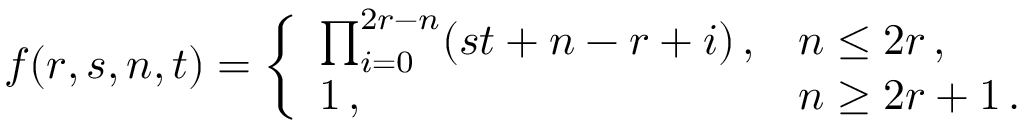
f ( r , s , n , t ) = \left\{ \begin{array} { l l } { { \prod _ { i = 0 } ^ { 2 r - n } ( s t + n - r + i ) \, , } } & { { n \leq 2 r \, , } } \\ { { 1 \, , } } & { { n \geq 2 r + 1 \, . } } \end{array} \right.